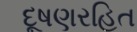
દૂષણરહિત